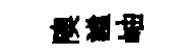
隩謐岫